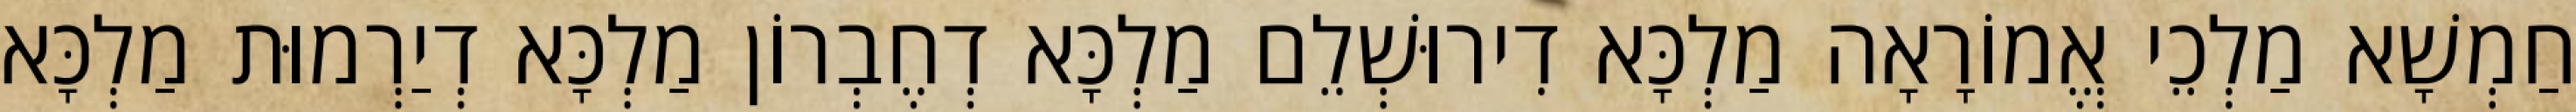
חַמְשָׁא מַלְכֵי אֱמוֹרָאָה מַלְכָּא דִירוּשְׁלֵם מַלְכָּא דְחֶבְרוֹן מַלְכָּא דְיַרְמוּת מַלְכָּא